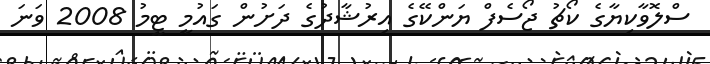
ސްލޮވާކިޔާގެ ކޯޗު ޖޯސެފް ޔަންކޭގެ އިރުޝާދުގެ ދަށުން ގައުމީ ޓީމު 2008 ވަނަ